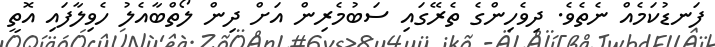
ފަނޑުކަމެއް ނެތެވެ. ދިވެހިންގެ ތެރޭގައި ސަބުމެރިން އަށް ދިން ލޯތްބާއެލު ހެވިލާފައި އޮތީ